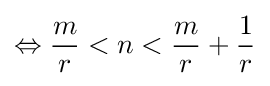
\Leftrightarrow {\frac {m}{r}}<n<{\frac {m}{r}}+{\frac {1}{r}}